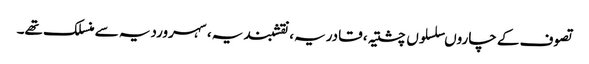
تصوف کے چاروںسلسلوں چشتیہ، قادریہ، نقشبندیہ، سہروردیہ سے منسلک تھے۔